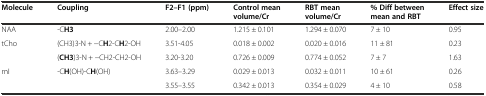
| Molecule | Coupling | F2–F1 (ppm) | Control mean volume/Cr | RBT mean volume/Cr | % Diff between mean and RBT | Effect size |
 | --- | --- | --- | --- | --- | --- | --- |
 | NAA | -CH3 | 2.00–2.00 | 1.215 ± 0.101 | 1.294 ± 0.070 | 7 ± 10 | 0.95 |
 | tCho | (CH3)3-N + −CH2-CH2-OH | 3.51-4.05 | 0.018 ± 0.002 | 0.020 ± 0.016 | 11 ± 81 | 0.23 |
 |  | (CH3)3-N + −CH2-CH2-OH | 3.20-3.20 | 0.726 ± 0.009 | 0.774 ± 0.052 | 7 ± 7 | 1.63 |
 | mI | -CH(OH)-CH(OH) | 3.63–3.29 | 0.029 ± 0.013 | 0.032 ± 0.011 | 10 ± 61 | 0.26 |
 |  |  | 3.55–3.55 | 0.342 ± 0.013 | 0.354 ± 0.029 | 4 ± 10 | 0.58 |